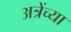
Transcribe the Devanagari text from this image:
अत्रेंच्या